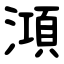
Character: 澒